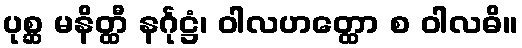
ပုစ္ဆ မနိတ္ထီ နင်္ဂုဋ္ဌံ၊ ဝါလဟတ္ထော စ ဝါလဓိ။